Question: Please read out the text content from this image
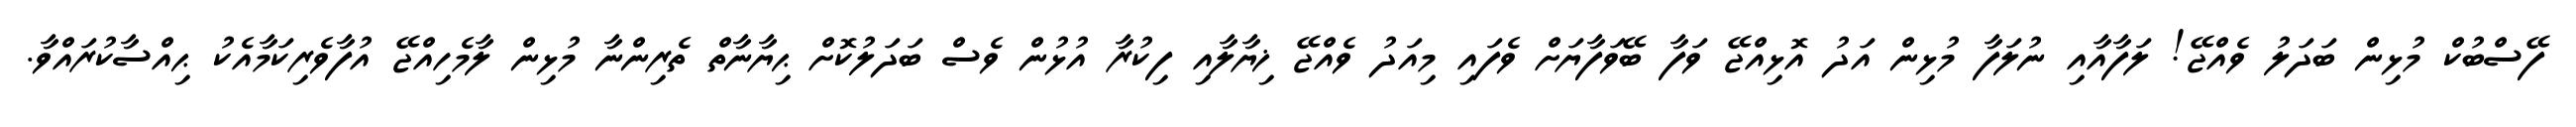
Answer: ފޭސްބުކް މުޅިން ބަދަލު ވެއްޖޭ! ލަފާއާއި ނުލަފާ މުޅިން އަދު އޮޅިއްޖޭ ވަފާ ބޭވަފާޔަށް ވެފައި މިއަދު ވެއްޖޭ ޚިޔާލާއި ފިކުރާ އުޅުން ވެސް ބަދަލުކޮށް ޙިޔާނާތް ތެރިންނާ މުޅިން ލާމެހިއްޖޭ އުފާވެރިކަމާއެކު ޙިއްސާކުރައްވާ.